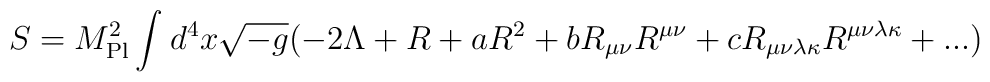
S  =  {M}_{\rm{Pl}}^{2}\int_{}^{}{d}^{4}x\sqrt {-g}( -2\Lambda +R+a{R}^{2}+b{R}_{\mu \nu }{R}^{\mu \nu }+c{R}_{\mu \nu \lambda \kappa }{R}^{\mu \nu \lambda \kappa }+... )